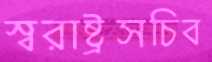
স্বরাষ্ট্রসচিব